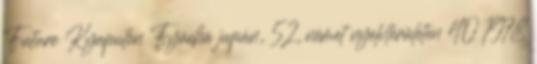
Future Kyaputen Fyūchā japán, 52, német nyelvterületen 40 1978